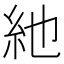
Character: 䊶